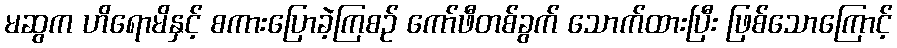
မဆွက ဟိရောမိနှင့် စကားပြောခဲ့ကြစဉ် ကော်ဖီတစ်ခွက် သောက်ထားပြီး ဖြစ်သောကြောင့်